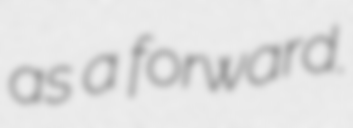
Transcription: as a forward.